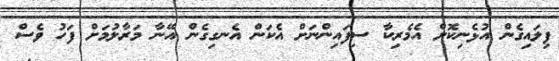
ފިލައިގެން އުޅެނިކޮށް އެމެރިކާ ސިފައިންނަށް އެކަން އެނގިގެން އޭނާ މަރާލުމަށް ފަހު ވެސް